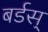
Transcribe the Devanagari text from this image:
बर्डस्